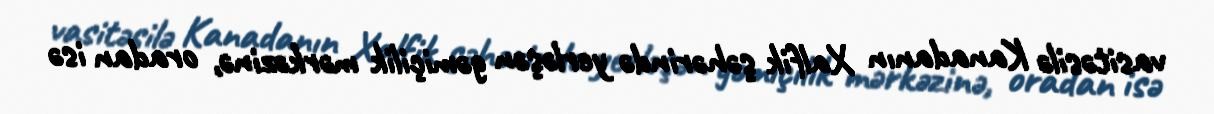
vasitəsilə Kanadanın Xalfik şəhərində yerləşən gəmiçilik mərkəzinə, oradan isə